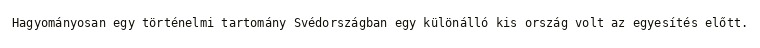
Hagyományosan egy történelmi tartomány Svédországban egy különálló kis ország volt az egyesítés előtt.